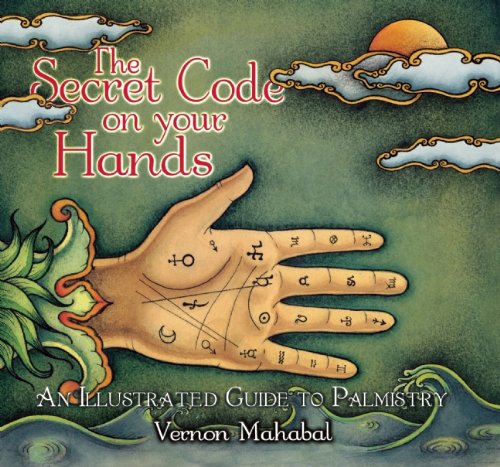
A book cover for The Secret Code on Your Hands: An Illustrated Guide to Palmistry; Vernon Mahabal; Teen & Young Adult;